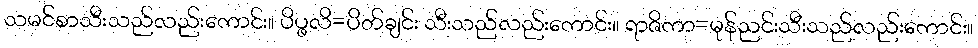
သမင်စာသီးသည်လည်းကောင်း။ ပိပ္ဖလိ=ပိတ်ချင်း သီးသည်လည်းကောင်း။ ရာဇိကာ=မုန်ညင်းသီးသည်လည်းကောင်း။